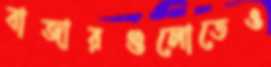
বাজারগুলোতেও